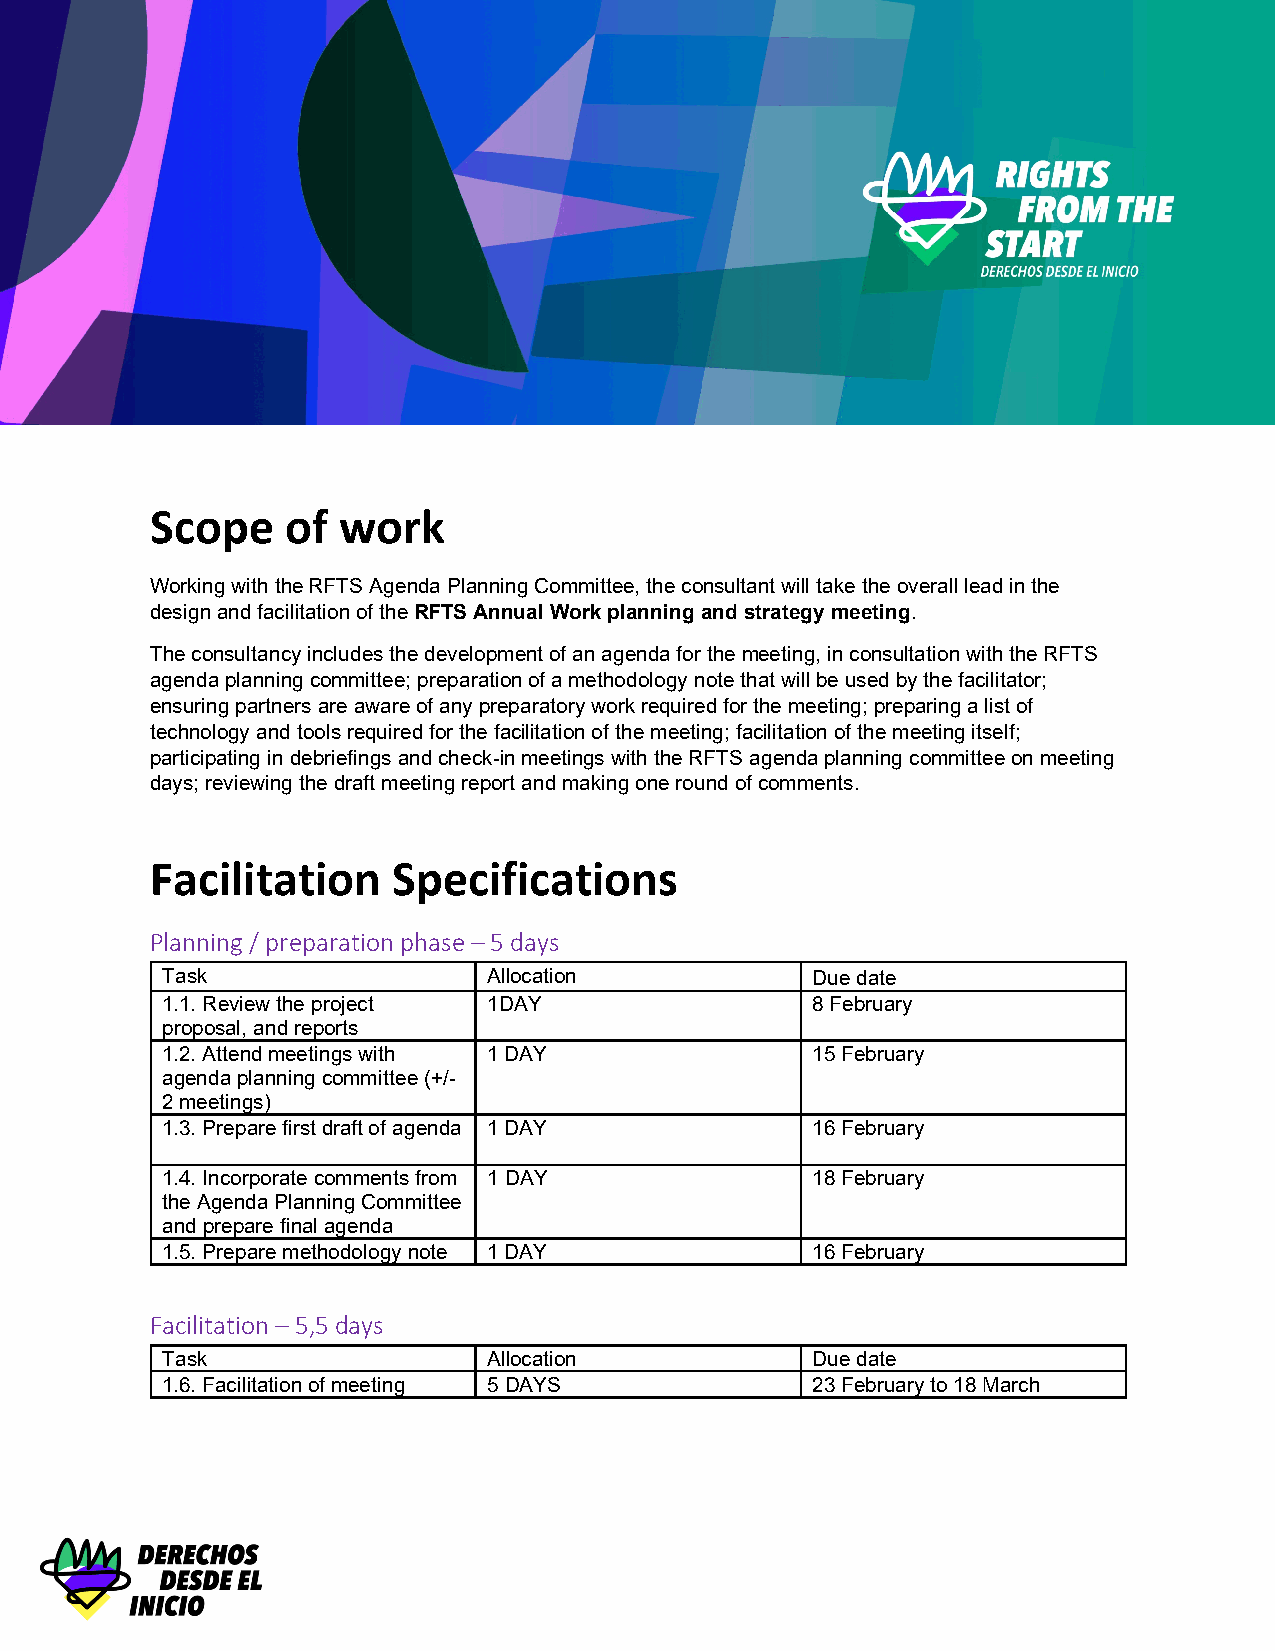
Scope    of work
 Working with the RFTS Agenda Planning Committee, the consultant will take the overall lead in the
 design and facilitation of the RFTS Annual Work planning and strategy meeting.
 The consultancy includes the development of an agenda for the meeting, in consultation with the RFTS
 agenda planning committee; preparation of a methodology note that will be used by the facilitator;
 ensuring partners are aware of any preparatory work required for the meeting; preparing a list of
 technology and tools required for the facilitation of the meeting; facilitation of the meeting itself;
 participating in debriefings and check-in meetings with the RFTS agenda planning committee on meeting
 days; reviewing the draft meeting report and making one round of comments.
 Facilitation    Specifications
 Planning / preparation phase – 5 days
 Task                 Allocation            Due date
 1.1. Review the project 1DAY               8 February
 proposal, and reports
 1.2. Attend meetings with 1 DAY            15 February
 agenda planning committee (+/-
 2 meetings)
 1.3. Prepare first draft of agenda 1 DAY   16 February
 1.4. Incorporate comments from 1 DAY       18 February
 the Agenda Planning Committee
 and prepare final agenda
 1.5. Prepare methodology note 1 DAY        16 February
 Facilitation – 5,5 days
 Task                 Allocation            Due date
 1.6. Facilitation of meeting 5 DAYS        23 February to 18 March